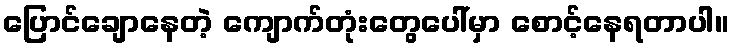
ပြောင်ချောနေတဲ့ ကျောက်တုံးတွေပေါ်မှာ စောင့်နေရတာပါ။